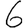
Digit: 6